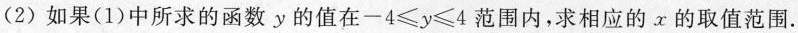
(2)如果(1)中所求的函数y的值在$$- 4 ≤ y ≤ 4$$范围内，求相应的x的取值范围.